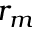
r _ { m }